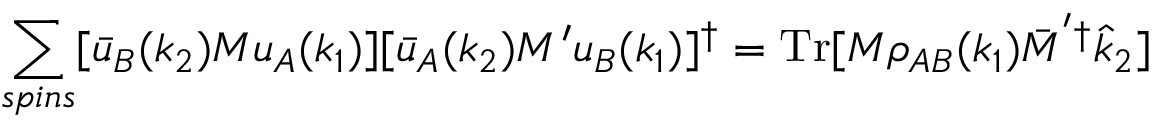
\sum _ { s p i n s } [ \bar { u } _ { B } ( k _ { 2 } ) M u _ { A } ( k _ { 1 } ) ] [ \bar { u } _ { A } ( k _ { 2 } ) M ^ { \prime } u _ { B } ( k _ { 1 } ) ] ^ { \dagger } = \mathrm { T r } [ M \rho _ { A B } ( k _ { 1 } ) \bar { M } ^ { ' \dagger } \hat { k } _ { 2 } ]